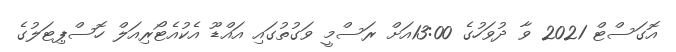
އޮގަސްޓް 2021 ވާ ދުވަހުގެ 13:00އަށް ރަސްމީ ވަގުތުގައި އައްޑޫ އެކުއެޓޯރިއަލް ހޮސްޕިޓަލުގެ